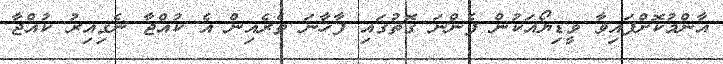
އާންމުކޮށްފައިވާ ވީޑިޔޯއަކުން ފެންނަ ގޮތުގައި ފާހާނަ ތެރެއިން އެ ކުއްޖާ ނެގިއިރު ކުއްޖާ